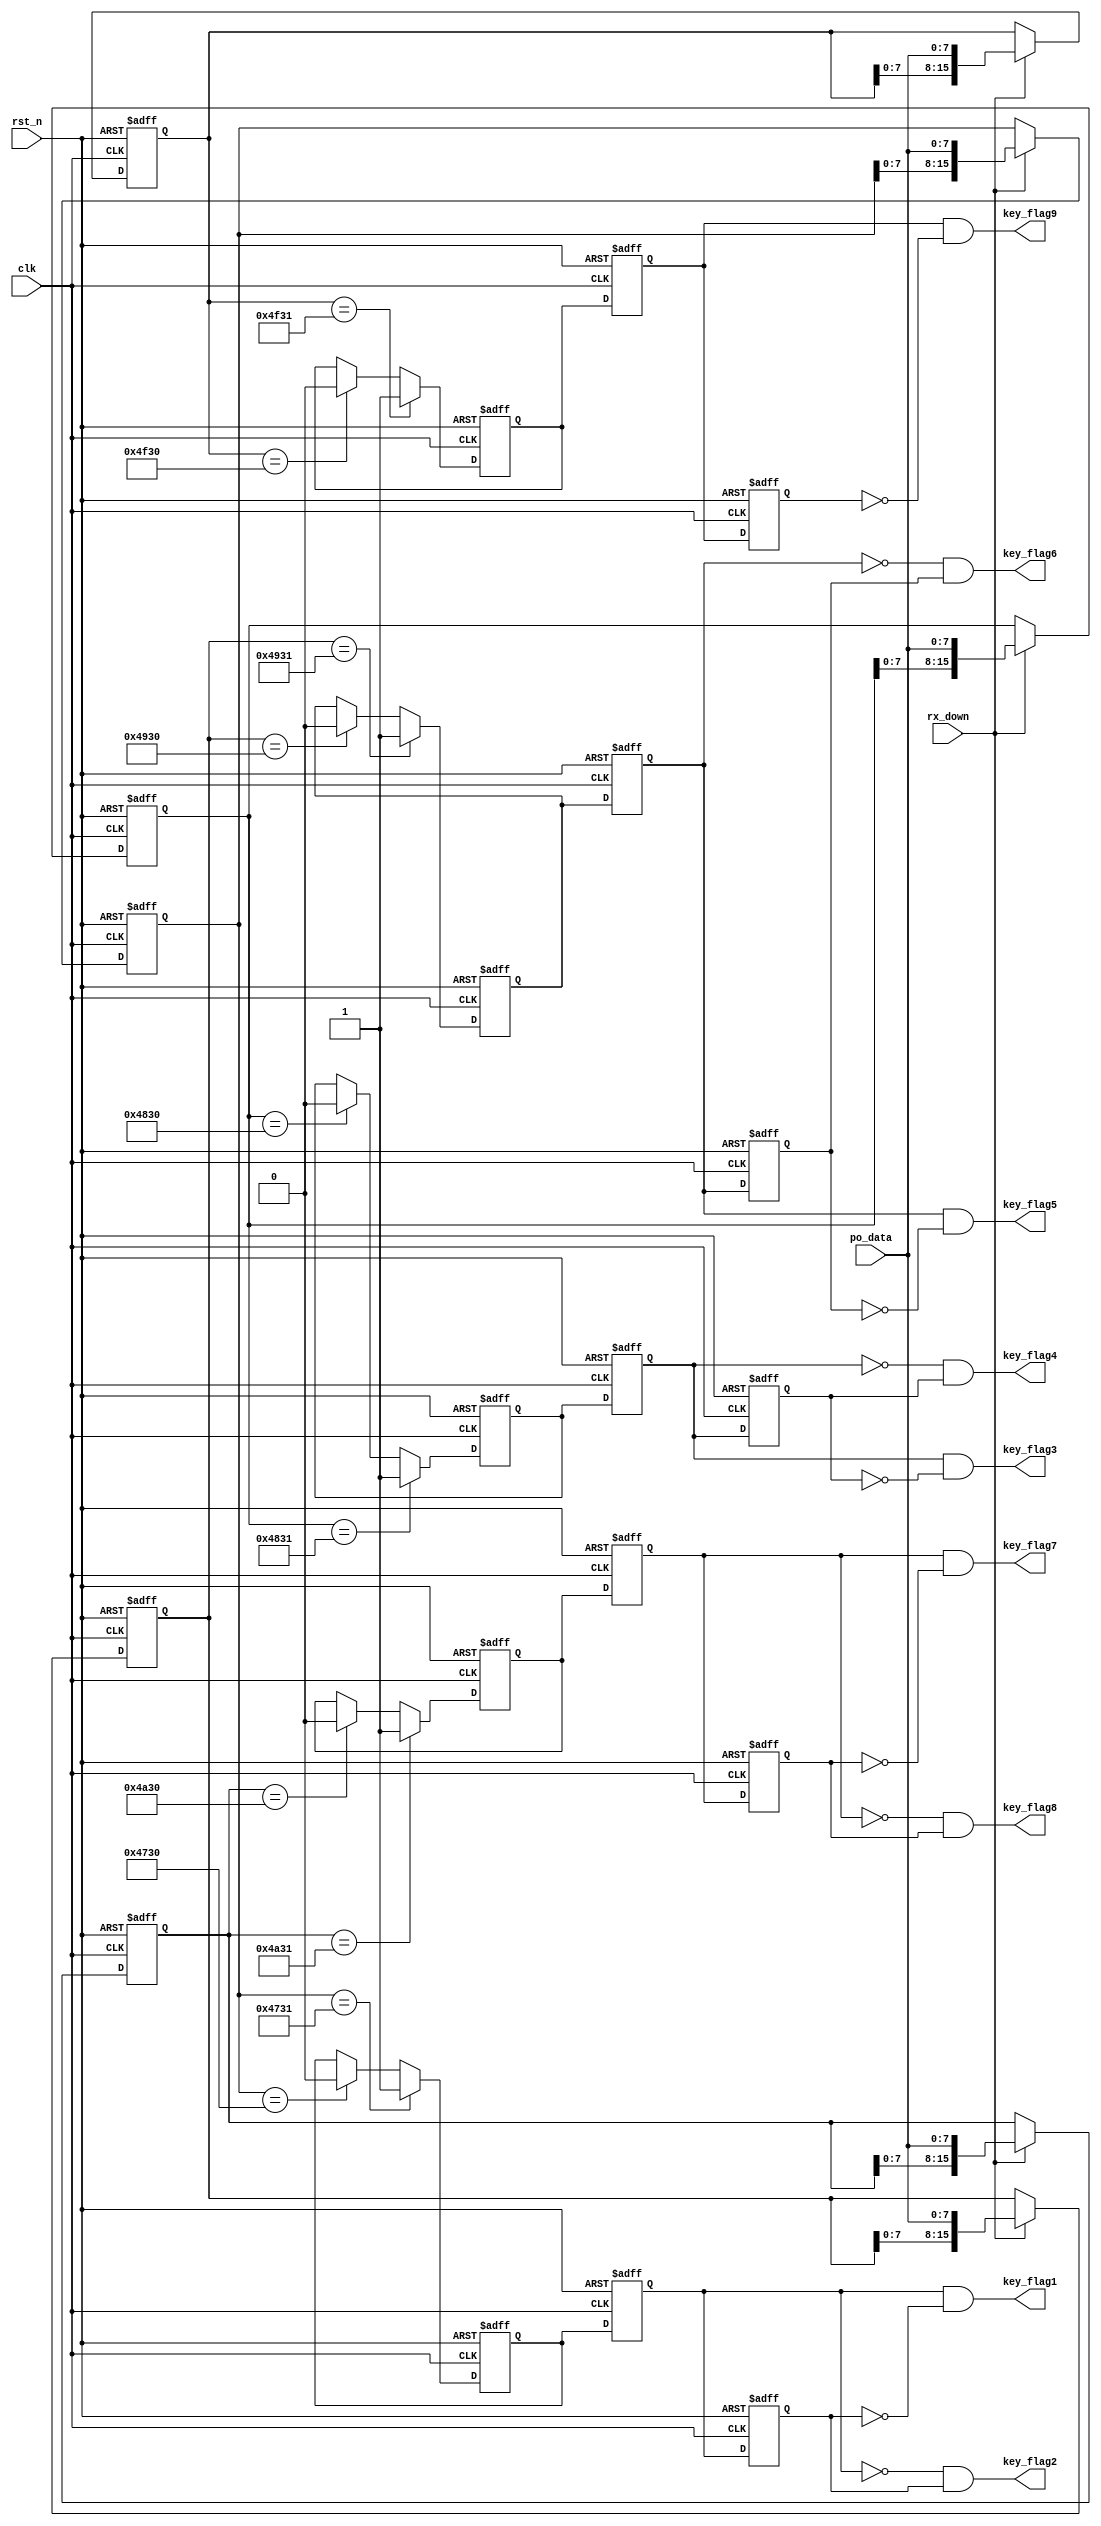
module power_ly(clk,
	rst_n,
	po_data,
	rx_down,
	key_flag1,
	key_flag2,
	key_flag3,
	key_flag4,
	key_flag5,
	key_flag6,
	key_flag7,
	key_flag8,
	key_flag9
    );

input clk;
input rst_n;
input [7:0]po_data;
input rx_down;
output  key_flag1;
output  key_flag2;
output  key_flag3;
output  key_flag4;
output  key_flag5;
output  key_flag6;
output  key_flag7;
output  key_flag8;
output  key_flag9;


parameter inst1 = "G1"; //
parameter inst2 = "G0";
parameter inst3 = "H1"; //
parameter inst4 = "H0";

parameter inst5 = "I1"; //
parameter inst6 = "I0";
parameter inst7 = "J1"; //
parameter inst8 = "J0";

parameter inst9 = "O1"; //
parameter inst10 = "O0";
/*********** 4   *************/
/***********   *************/
	 
reg [15:0]com1;
reg [15:0]com2;
reg [15:0]com3;
reg [15:0]com4;
reg [15:0]com5;
reg temp1,temp2,temp3,temp4;
reg temp5,temp6,temp7,temp8,temp9,temp10;
reg key_state1;
reg key_state2;
reg key_state3;
reg key_state4;
reg key_state5;

assign key_flag1 = temp1 & (~temp2);//
assign key_flag2 = (~temp1 & temp2); // 
assign key_flag3 = temp3 & (~temp4);//
assign key_flag4 = (~temp3 & temp4); // 
assign key_flag5 = temp5 & (~temp6);//
assign key_flag6 = (~temp5 & temp6); // 
assign key_flag7 = temp7 & (~temp8);//
assign key_flag8 = (~temp7 & temp8); // 
assign key_flag9 = temp9 & (~temp10);//
//assign key_flag10 = (~temp9 & temp10); // 
// 
always @(posedge clk or negedge rst_n)
    if(!rst_n)
	    temp1 <= 0;
	else 
	    temp1 <= key_state1;
		
always @(posedge clk or negedge rst_n)
    if(!rst_n)
	    temp2 <= 0;
	else 
	    temp2 <= temp1;
		
always @(posedge clk or negedge rst_n)
    if(!rst_n)
	    temp3 <= 0;
	else 
	    temp3 <= key_state2;
		
always @(posedge clk or negedge rst_n)
    if(!rst_n)
	    temp4 <= 0;
	else 
	    temp4 <= temp3;
				
always @(posedge clk or negedge rst_n)
    if(!rst_n)
	    temp5 <= 0;
	else 
	    temp5 <= key_state3;
		
always @(posedge clk or negedge rst_n)
    if(!rst_n)
	    temp6 <= 0;
	else 
	    temp6 <= temp5;
		
		
		
always @(posedge clk or negedge rst_n)
    if(!rst_n)
	    temp7 <= 0;
	else 
	    temp7 <= key_state4;
		
always @(posedge clk or negedge rst_n)
    if(!rst_n)
	    temp8 <= 0;
	else 
	    temp8 <= temp7;	

always @(posedge clk or negedge rst_n)
    if(!rst_n)
	    temp9 <= 0;
	else 
	    temp9 <= key_state5;
		
always @(posedge clk or negedge rst_n)
    if(!rst_n)
	    temp10 <= 0;
	else 
	    temp10 <= temp9;		
//
always @(posedge clk or negedge rst_n)
    if(!rst_n)
	    com1 <= 0;
	else if( rx_down )
	    com1 <= {com1[7:0],po_data};
	else 
	    com1 <= com1;
		
always @(posedge clk or negedge rst_n)
    if(!rst_n)
	    com2 <= 0;
	else if( rx_down )
	    com2 <= {com2[7:0],po_data};
	else 
	    com2 <= com2;

always @(posedge clk or negedge rst_n)
    if(!rst_n)
	    com3 <= 0;
	else if( rx_down )
	    com3 <= {com3[7:0],po_data};
	else 
	    com3 <= com3;
		
always @(posedge clk or negedge rst_n)
    if(!rst_n)
	    com4 <= 0;
	else if( rx_down )
	    com4 <= {com4[7:0],po_data};
	else 
	    com4 <= com4;
		
always @(posedge clk or negedge rst_n)
    if(!rst_n)
	    com5 <= 0;
	else if( rx_down )
	    com5 <= {com5[7:0],po_data};
	else 
	    com5 <= com5;
		
//		
always @(posedge clk or negedge rst_n)
    if(!rst_n)
	    key_state1 <= 0;
	else if(com1 == inst1)
	    key_state1 <= 1;
	else if(com1 == inst2)
	    key_state1 <= 0;
	else 
	    key_state1 <= key_state1;
		
//		
always @(posedge clk or negedge rst_n)
    if(!rst_n)
	    key_state2 <= 0;
	else if(com2 == inst3)
	    key_state2 <= 1;
	else if(com2 == inst4)
	    key_state2 <= 0;
	else 
	    key_state2 <= key_state2;		
//
always @(posedge clk or negedge rst_n)
    if(!rst_n)
	    key_state3 <= 0;
	else if(com3 == inst5)
	    key_state3 <= 1;
	else if(com3 == inst6)
	    key_state3 <= 0;
	else 
	    key_state3 <= key_state3;
//		
always @(posedge clk or negedge rst_n)
    if(!rst_n)
	    key_state4 <= 0;
	else if(com4 == inst7)
	    key_state4 <= 1;
	else if(com4 == inst8)
	    key_state4 <= 0;
	else 
	    key_state4 <= key_state4;
		
//
always @(posedge clk or negedge rst_n)
    if(!rst_n)
	    key_state5 <= 0;
	else if(com5 == inst9)
	    key_state5 <= 1;
	else if(com5 == inst10)
	    key_state5 <= 0;
	else 
	    key_state5 <= key_state5;
endmodule